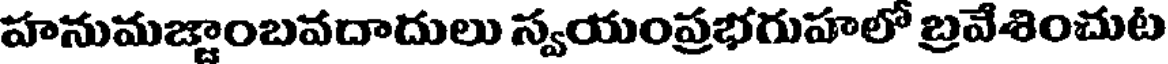
హనుమజ్జాంబవదాదులు స్వయంప్రభగుహలో బ్రవేశించుట